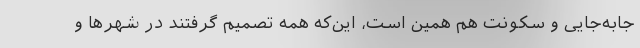
جابه‌جایی و سکونت هم همین است، این‌که همه تصمیم گرفتند در شهرها و